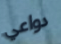
دواعي